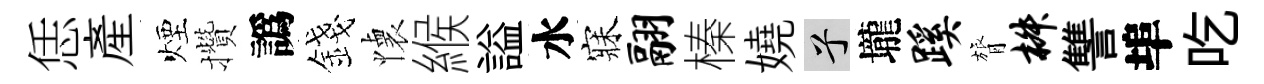
恁産煙攢譌錢懐緱謚水寐翮榛嬈兮壠蹊膂椒讐埠吃